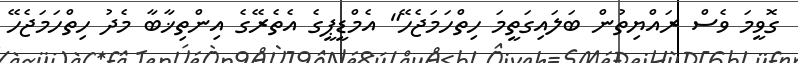
ގޮވީމަ ވެސް ރައްޔިތުން ބަލައިގަތީމަ ހިތްހަމަޖެހޭ" އެމްޑީޕީގެ އެތެރޭގެ އިންތިޚާބާ މެދު ހިތްހަމަޖެހޭ